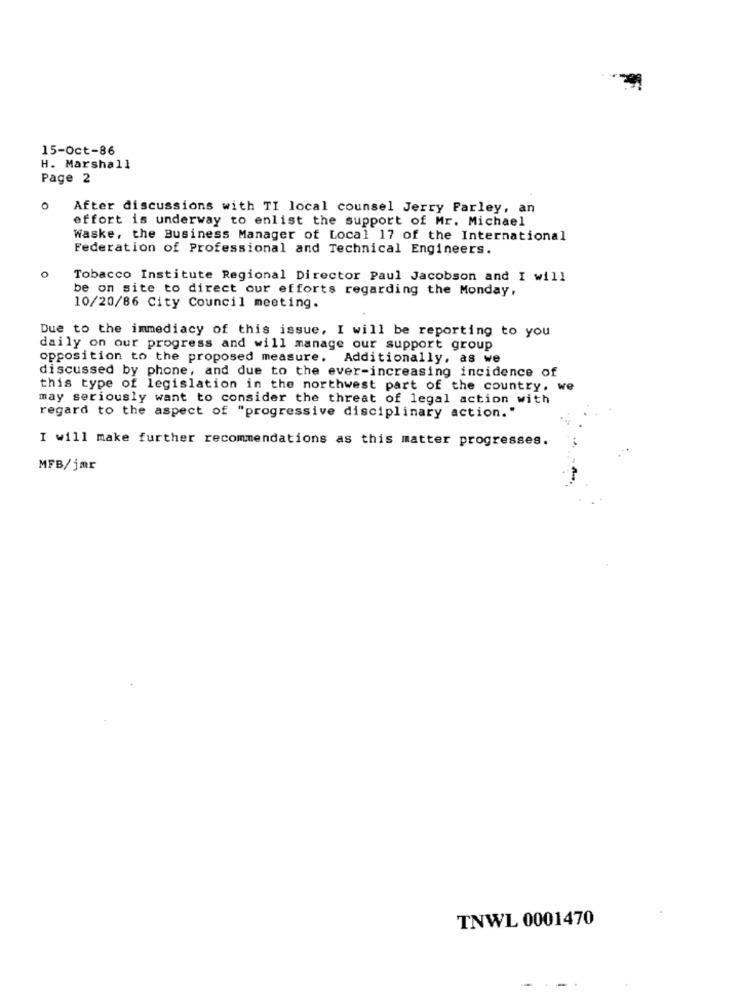
15-Oct-86
H. Marshall
Page 2
After discussions with TI local counsel Jerry Parley, an
effort is underway to enlist the support of Mr. Michael
Waske, the Business Manager of Local 17 of the International
Federation of Professional and Technical Engineers.
Tobacco Institute Regional Director Paul Jacobson and I will
be on site to direct our efforts regarding the Monday,
10/20/86 City Council meeting.
Due to the immediacy of this issue, I will be reporting to you
daily on our progress and will manage our support group
opposition to the proposed measure. Additionally, as we
discussed by phone, and due to the ever-increasing incidence of
this type of legislation in the northwest part of the country. we
may seriously want to consider the threat of legal action with
regard to the aspect of "progressive disciplinary action."
I will make further recommendations as this matter progresses.
MFB/jmr
TNWL 0001470